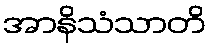
အာနိသံသာတိ